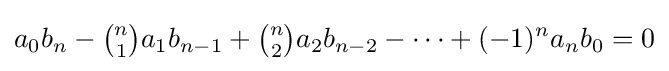
a_{0}b_{n}-{\tbinom {n}{1}}a_{1}b_{n-1}+{\tbinom {n}{2}}a_{2}b_{n-2}-\cdots +(-1)^{n}a_{n}b_{0}=0